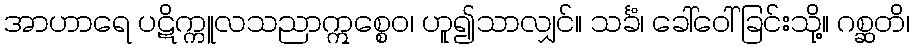
အာဟာရေ ပဋိက္ကူလသညာဣစ္စေဝ၊ ဟူ၍သာလျှင်။ သင်္ခံ၊ ခေါ်ဝေါ်ခြင်းသို့။ ဂစ္ဆတိ၊